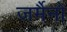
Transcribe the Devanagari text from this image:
जर्मैनो